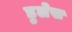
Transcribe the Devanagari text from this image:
डुलेस